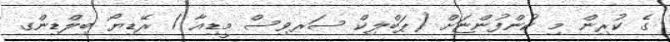
ގެ ކުރިން މި ކުންފުންޏަށް (ޕަބްލިކް ސަރވިސް މީޑިއާ / ރޭޑިޔޯ ބިލްޑިންގ